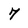
Character: 7